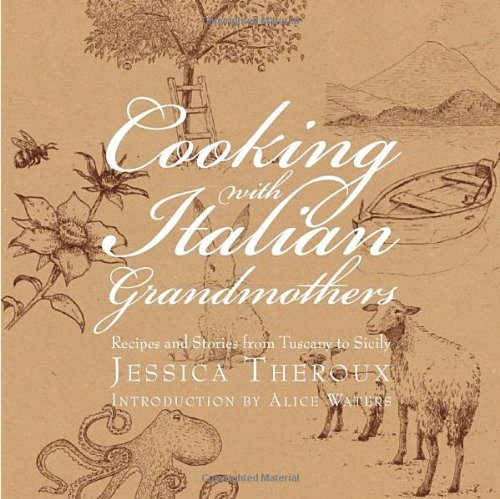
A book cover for Cooking with Italian Grandmothers: Recipes and Stories from Tuscany to Sicily; Jessica Theroux; Cookbooks, Food & Wine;